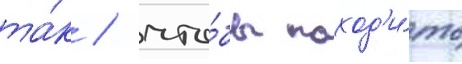
та́к / что́бы поход'и́ть